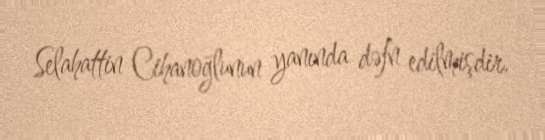
Selahattin Cihanoğlunun yanında dəfn edilmişdir.